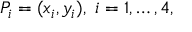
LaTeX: P _ { i } = ( x _ { i } , y _ { i } ) , \ i = 1 , \ldots , 4 ,